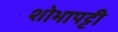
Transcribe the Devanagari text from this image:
शोभापट्टी